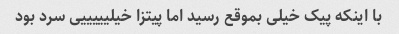
با اینکه پیک خیلی بموقع رسید اما پیتزا خیلیییییی سرد بود